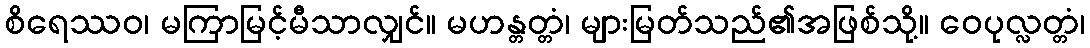
စိရေဿဝ၊ မကြာမြင့်မီသာလျှင်။ မဟန္တတ္တံ၊ များမြတ်သည်၏အဖြစ်သို့။ ဝေပုလ္လတ္တံ၊